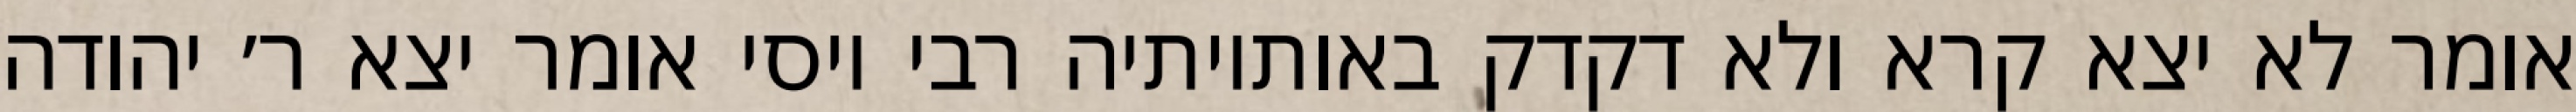
אומר לא יצא קרא ולא דקדק באותיותיה רבי יוסי אומר יצא ר׳ יהודה